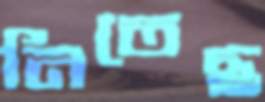
নিতেছ